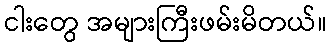
ငါးတွေ အများကြီးဖမ်းမိတယ်။